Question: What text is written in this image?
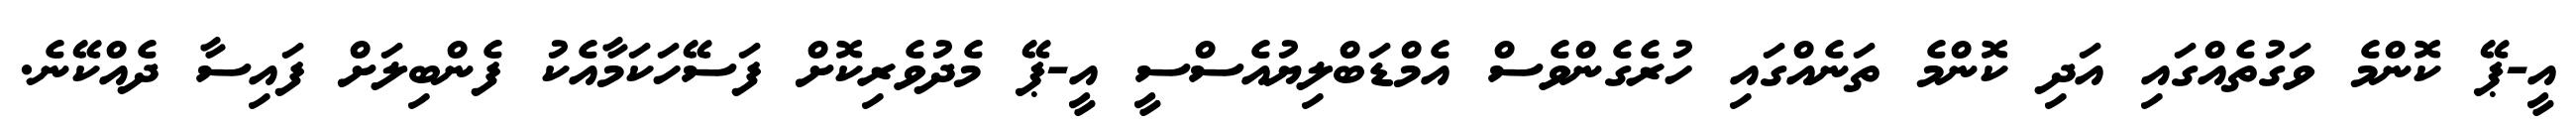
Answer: އީ-ޕޭ ކޮންމެ ވަގުތެއްގައި އަދި ކޮންމެ ތަނެއްގައި ހުރެގެންވެސް އެމްޑަބްލިޔުއެސްސީ އީ-ޕޭ މެދުވެރިކޮށް ފަސޭހަކަމާއެކު ފެންބިލަށް ފައިސާ ދެއްކޭނެ.